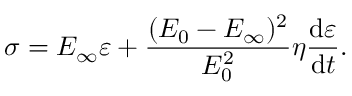
\sigma = E _ { \infty } \varepsilon + \frac { ( E _ { 0 } - E _ { \infty } ) ^ { 2 } } { E _ { 0 } ^ { 2 } } \eta \frac { \mathrm { d } \varepsilon } { \mathrm { d } t } .